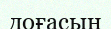
доғасын